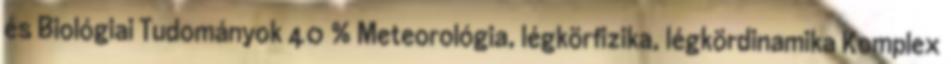
és Biológiai Tudományok 40 % Meteorológia, légkörfizika, légkördinamika Komplex